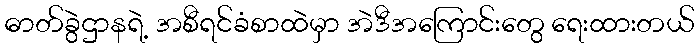
ဓာတ်ခွဲဌာနရဲ့ အစီရင်ခံစာထဲမှာ အဲဒီအကြောင်းတွေ ရေးထားတယ်